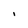
Character: I